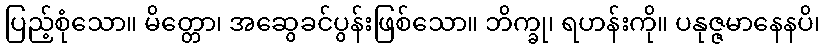
ပြည့်စုံသော။ မိတ္တော၊ အဆွေခင်ပွန်းဖြစ်သော။ ဘိက္ခု၊ ရဟန်းကို။ ပနုဇ္ဇမာနေနပိ၊